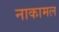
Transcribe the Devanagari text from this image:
नाकामल